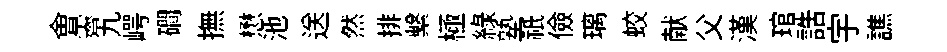
㑹霽九崿磵撫懋池送然排繫極綠塾祇儉璃蛟献父漢琯誥宇譙